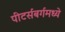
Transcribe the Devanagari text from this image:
पीटर्सबर्गमध्ये